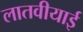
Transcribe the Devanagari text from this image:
लातवीयाई